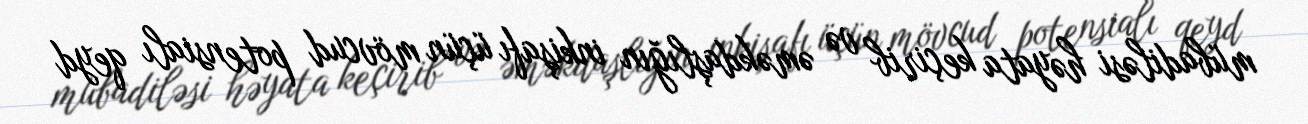
mübadiləsi həyata keçirib və əməkdaşlığın inkişafı üçün mövcud potensialı qeyd